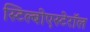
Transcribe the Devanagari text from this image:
स्टिल्बोएस्टेरॉल